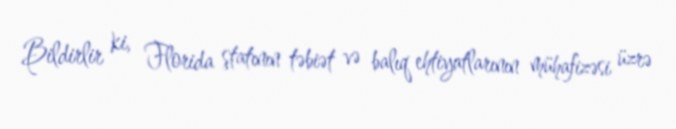
Bildirlir ki, Florida ştatının təbiət və balıq ehtiyatlarının mühafizəsi üzrə